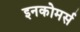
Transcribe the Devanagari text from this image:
इनकोमर्स